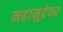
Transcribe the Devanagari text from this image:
महामुद्रेवर